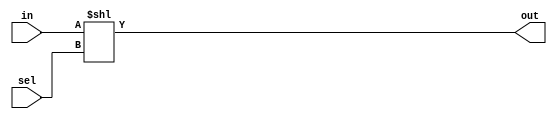
`timescale 1ns / 1ps
//////////////////////////////////////////////////////////////////////////////////
// Company: 
// Engineer: 
// 
// Design Name: 
// Module Name:    Demux 
// Project Name: 
// Target Devices: 
// Tool versions: 
// Description: 
//
// Dependencies: 
//
// Revision: 
// Revision 0.01 - File Created
// Additional Comments: 
//
//////////////////////////////////////////////////////////////////////////////////
module Demux (out,in,sel);

parameter nO = 2;
parameter nS = 1;

output[nO-1:0] out; //demux out
input in; //demux input 
input[nS-1:0] sel; //demux select signal

assign out = in << sel; //shift left in tantas sel veces

endmodule